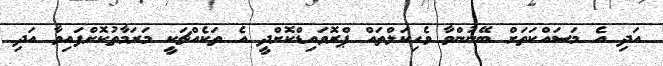
އަދި އެ މަސައްކަތަށް ބޭނުންވާ ވެހިކަލްތައް ޕްރޮވައިޑްކޮށްދީ އެ ތަކެއްޗަކީ މަރަމާތުކޮށްފައިވާ އަދި